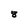
Character: 8